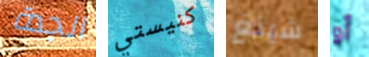
الجدة كنيستي شينغ أو